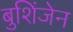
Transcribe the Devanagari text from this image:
बुशिंजेन